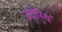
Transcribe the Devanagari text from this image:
उदोस्थि